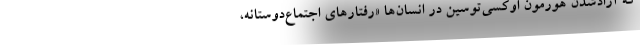
که آزادشدن هورمون اوکسی‌توسین در انسان‌ها «رفتارهای اجتماع‌دوستانه،